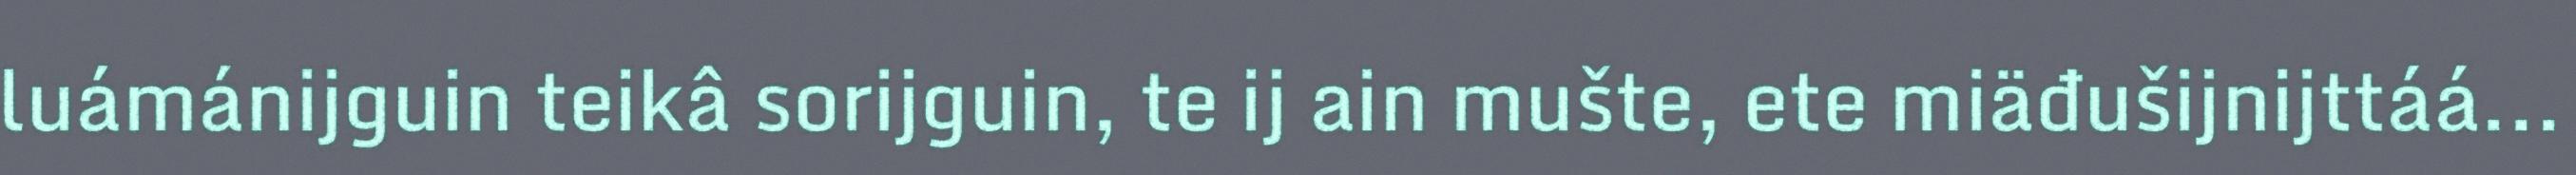
luámánijguin teikâ sorijguin, te ij ain mušte, ete miäđušijnijttáá...